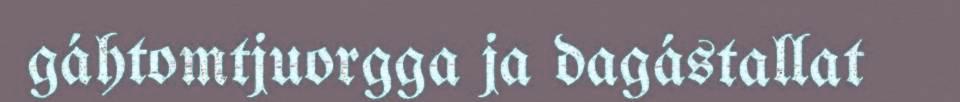
gáhtomtjuorgga ja dagástallat